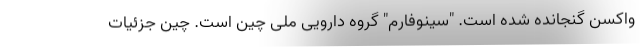
واکسن گنجانده شده است. "سینوفارم" گروه دارویی ملی چین است. چین جزئیات